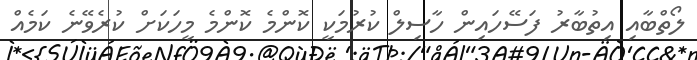
ލޯތްބާއި އިތުބާރު ފަސޭހައިން ހާސިލް ކުރުމަކީ ކޮންމެ ކޮންމެ މީހަކަށް ކުރެވޭނެ ކަމެއް